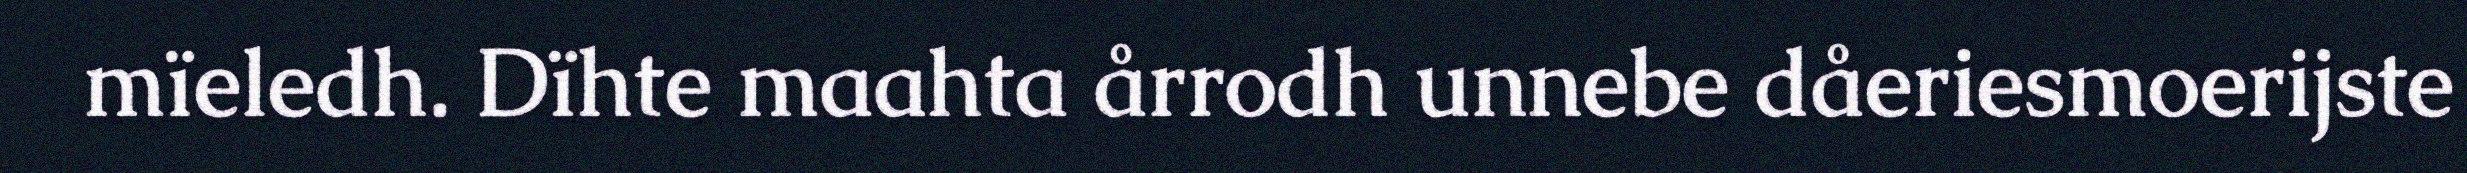
mïeledh. Dïhte maahta årrodh unnebe dåeriesmoerijste